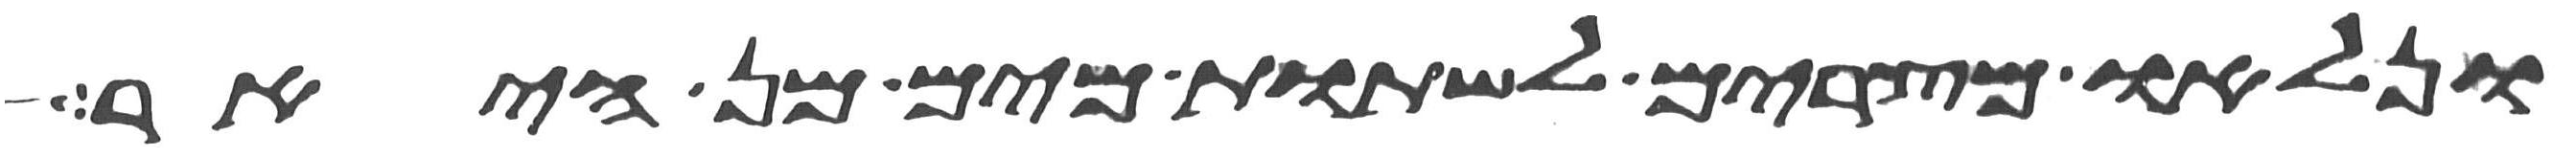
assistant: ונלאו מצרים לשתות מים מן היאר